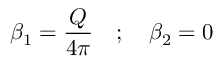
\beta _ { 1 } = \frac { Q } { 4 \pi } \quad ; \quad \beta _ { 2 } = 0